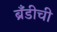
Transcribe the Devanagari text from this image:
ब्रँडीची